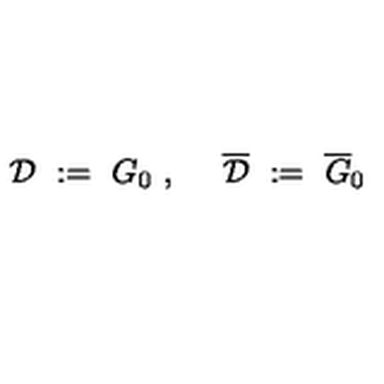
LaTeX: { \mathcal D } \ : = \ G _ { 0 } \ , \ \quad \overline { { { \mathcal D } } } \ : = \ \overline { { G } } _ { 0 }